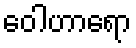
ဝေါဟာရော